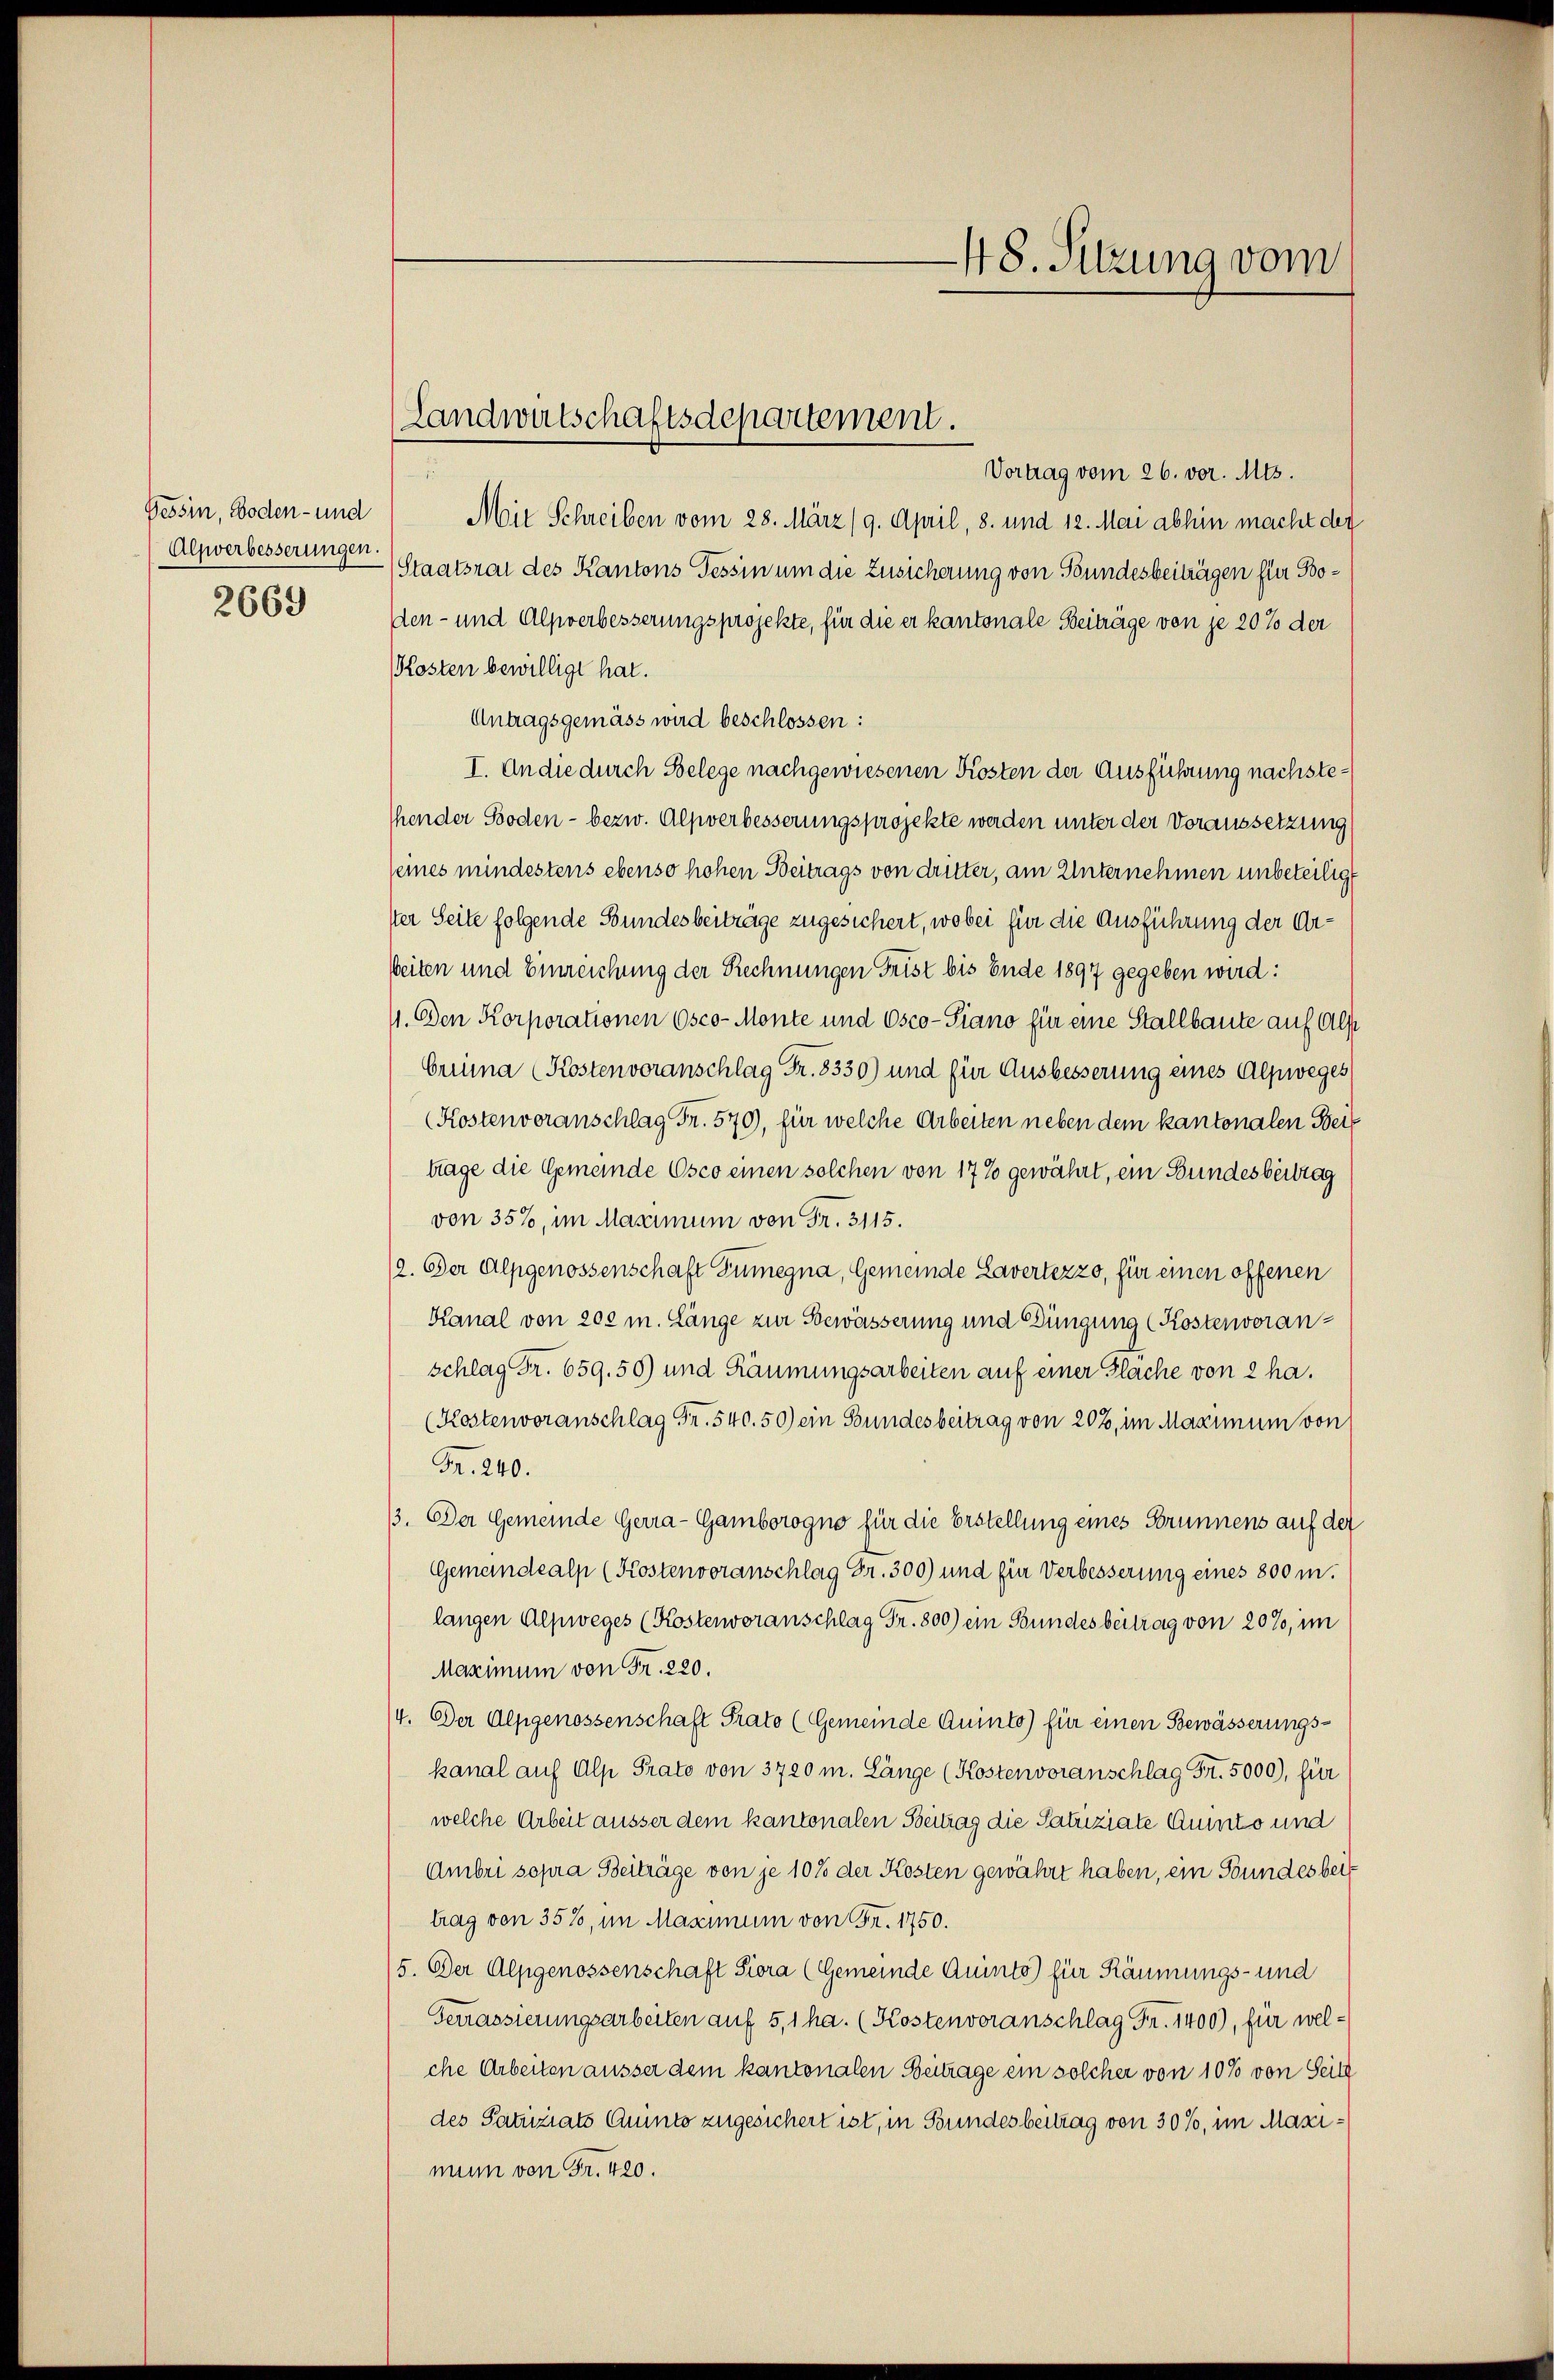
Tessin, Boden- und
Alpwerbesserungen
2669

Vortrag vom 26. vor. Mts.
Mit Schreiben vom 28. März (9. April, 8. und 12. Mai abhin macht der
Staatsrat des Kantons Tessin um die Zusicherung von Bundesbeiträgen für Boden- und Alpverbesserungsprojekte, für die er kantonale Beiträge von je 20 % der
(Kosten bewilligt hat.
Antragsgemäss wird beschlossen:
I. An die durch Belege nachgewiesenen Kosten der Ausführung nachstehender Boden - bezw. Alpverbesserungsprojekte werden unter der Voraussetzung
seines mindestens ebenso hohen Beitrags von dritter, am Unternehmen unbeteiligt
ster Seite folgende Bundesbeiträge zugesichert, wobei für die Ausführung der Ar¬
Weiten und Einreichung der Rechnungen Frist bis Ende 1897 gegeben wird:
11. Den Korporationen Osco-Monte und Osco- Piano für eine Stallbaute auf Alf
Crina (Kostenvoranschlag Fr. 8330) und für Ausbesserung eines Alpweges
(Kostenveranschlag Fr. 570), für welche Arbeiten neben dem kantonalen Seit
trage die Gemeinde Osco einen solchen von 17% gewährt, ein Bundesbeitrag
von 35%, im Maximum von Fr. 3115.
(a. Der Alpgenossenschaft Tumegna, Gemeinde Lavertezzo, für einen offenen
Kanal von 200 m. Länge zur Bewässerung und Düngung (Kostenvoranschlag Fr. 659. 50) und Räumungsarbeiten auf einer Flache von 2 ha¬
(Kostenvoranschlag Fr. 540. 50) ein Bundesbeitrag von 202, im Maximum von
Fr. 240.
13. Der Gemeinde Gerra-Gamborogno für die Erstellung eines Brunnens auf der
Gemeindealp (Kostenvoranschlag Fr. 300) und für Verbesserung eines 800 m.
langen Alpweges (Kostenvoranschlag Fr. 800) ein Bundesbeitrag von 20%, im
Maximum von Fr. 220.
/4. Der Alpgenossenschaft Prato (Gemeinde Quinto) für einen Bewässerungskanal auf Alp Prato von 3720 m. Länge (Kostenvoranschlag Fr. 5000), für
welche Arbeit äusser dem kantonalen Beitrag die Satuziate Guito und
Ambri sopra Beiträge von je 10% der Kosten gewährt haben, ein Bundes beitrag von 35%, im Maximum von Fr. 1750.
/5. Der Alpgenossenschaft Piora (Gemeinde Quinto) für Räumungs- und
Gerrassierungsarbeiten auf 5,1 ha. (Kostenvoranschlag Fr. 1400), für welche Arbeiten äusser dem kantonalen Beitrage ein solcher von 10% von Seite
des Patiziats Quito zugesichert ist, in Bundesbeitrag von 30%, im Masi:
min von Fr. 420.

Landwirtschaftsdepartement.

48. Sitzung vom